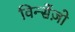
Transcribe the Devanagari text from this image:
विन्सेंज़ो